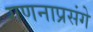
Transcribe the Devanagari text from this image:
गणनाप्रसंगे